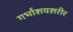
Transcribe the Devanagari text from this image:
गर्भाशयशरीर